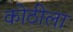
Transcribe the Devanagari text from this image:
कोठीला